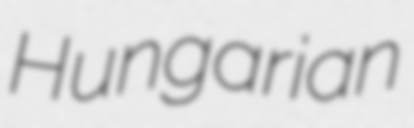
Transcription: Hungarian